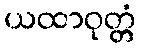
ယထာဝုတ္တံ